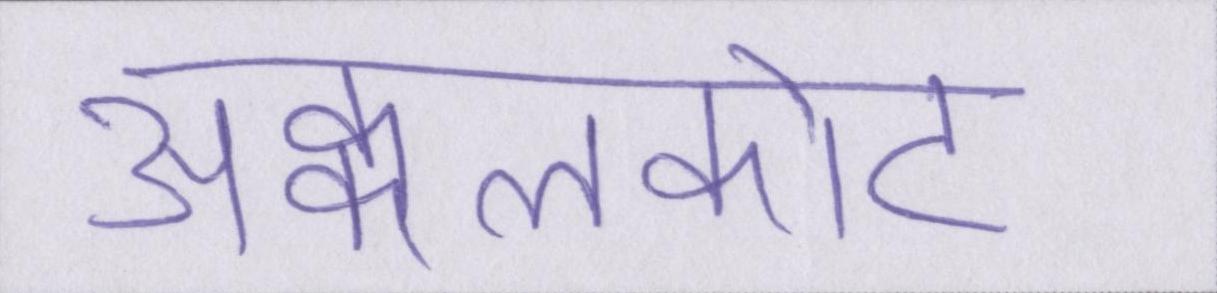
अक्कलकोट